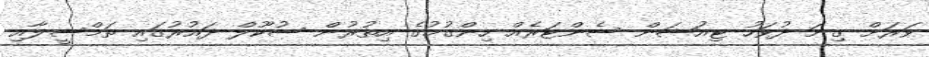
ވަރަށް ގިނަ ދުވަހު ޓިއުޝަން ސެންޓަރެއް ހިންގުމުގެ އިތުރުން ސުކޫލް ދައުރުގައި ތަމްސީލާއި